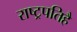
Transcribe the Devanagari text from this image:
राष्ट्रपतिहै